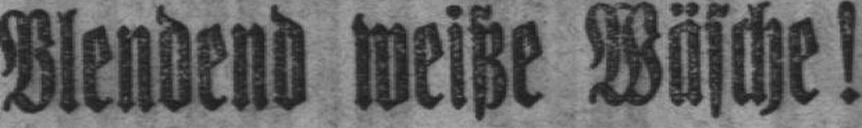
Blendend weiße Wäsche!